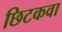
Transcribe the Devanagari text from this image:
छिटकवा